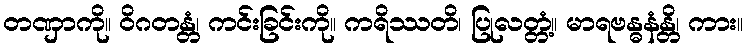
တဏှာကို။ ဝိဂတန္တံ၊ ကင်းခြင်းကို။ ကရိဿတိ၊ ပြုလတ္တံ့။ မာရဗန္ဓနံန္တိ၊ ကား။